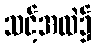
သင့်အထဲ၌